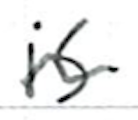
Text: is
Cross-out: wave
Writing tool: ballpoint